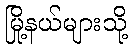
မြို့နယ်များသို့